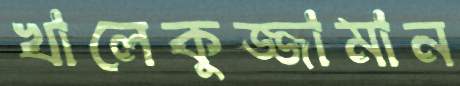
খালেকুজ্জামান